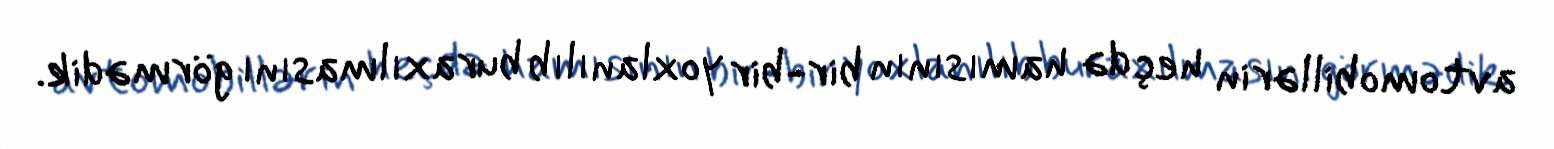
avtomobillərin heç də hamısının bir-bir yoxlanılıb buraxılmasını görmədik.